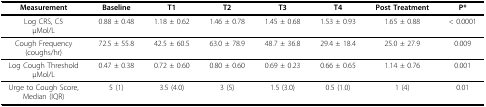
<table><thead><tr><td><b>Measurement</b></td><td><b>Baseline</b></td><td><b>T1</b></td><td><b>T2</b></td><td><b>T3</b></td><td><b>T4</b></td><td><b>Post Treatment</b></td><td><b>P*</b></td></tr></thead><tbody><tr><td>Log CRS, C5μMol/L</td><td>0.88 ± 0.48</td><td>1.18 ± 0.62</td><td>1.46 ± 0.78</td><td>1.45 ± 0.68</td><td>1.53 ± 0.93</td><td>1.65 ± 0.88</td><td>&lt; 0.0001</td></tr><tr><td>Cough Frequency(coughs/hr)</td><td>72.5 ± 55.8</td><td>42.5 ± 60.5</td><td>63.0 ± 78.9</td><td>48.7 ± 36.8</td><td>29.4 ± 18.4</td><td>25.0 ± 27.9</td><td>0.009</td></tr><tr><td>Log Cough ThresholdμMol/L</td><td>0.47 ± 0.38</td><td>0.72 ± 0.60</td><td>0.80 ± 0.60</td><td>0.69 ± 0.23</td><td>0.66 ± 0.65</td><td>1.14 ± 0.76</td><td>0.001</td></tr><tr><td>Urge to Cough Score,Median (IQR)</td><td>5 (1)</td><td>3.5 (4.0)</td><td>3 (5)</td><td>1.5 (3.0)</td><td>0.5 (1.0)</td><td>1 (4)</td><td>0.01</td></tr></tbody></table>